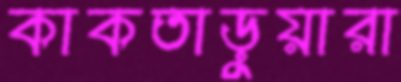
কাকতাড়ুয়ারা